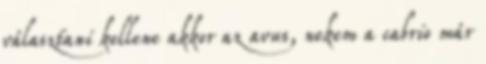
választani kellene akkor az avus, nekem a cabrio már